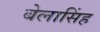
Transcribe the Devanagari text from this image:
बेलासिंह